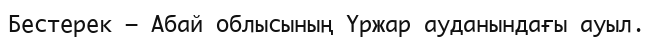
Бестерек — Абай облысының Үржар ауданындағы ауыл.